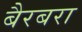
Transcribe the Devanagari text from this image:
बैरबरा